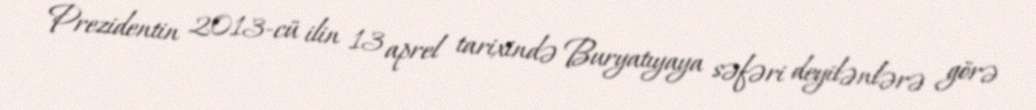
Prezidentin 2013-cü ilin 13 aprel tarixində Buryatıyaya səfəri deyilənlərə görə